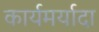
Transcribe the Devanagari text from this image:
कार्यमर्यादा